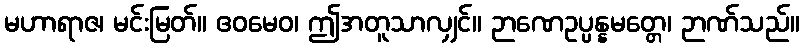
မဟာရာဇ၊ မင်းမြတ်။ ဧဝမေဝ၊ ဤအတူသာလျှင်။ ဉာဏေဥပ္ပန္နမတ္တေ၊ ဉာဏ်သည်။